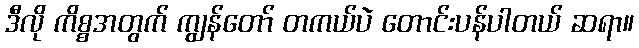
ဒီလို ကိစ္စအတွက် ကျွန်တော် တကယ်ပဲ တောင်းပန်ပါတယ် ဆရာ။